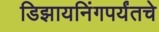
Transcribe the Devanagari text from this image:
डिझायनिंगपर्यंतचे